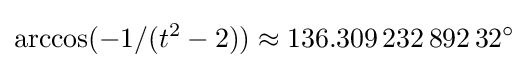
\arccos(-1/(t^{2}-2))\approx 136.309\,232\,892\,32^{\circ }